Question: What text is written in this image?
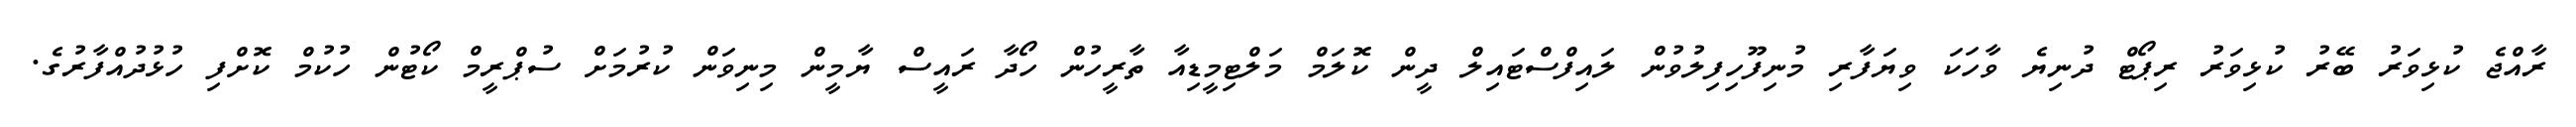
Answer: ރާއްޖެ ކުޅިވަރު ބޭރު ކުޅިވަރު ރިޕޯޓް ދުނިޔެ ވާހަކަ ވިޔަފާރި މުނިފޫހިފިލުވުން ލައިފްސްޓައިލް ދީން ކޮލަމް މަލްޓިމީޑިއާ ތާރީހުން ހޯދާ ރައީސް ޔާމީން މިނިވަން ކުރުމަށް ސުޕްރީމް ކޯޓުން ހުކުމް ކޮށްފި ހުޅުދުއްފާރުގެ.